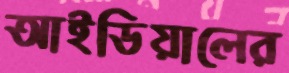
আইডিয়ালের